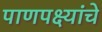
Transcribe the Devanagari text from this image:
पाणपक्ष्यांचे